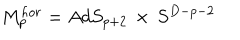
LaTeX: M _ { p } ^ { h o r } = A d S _ { p + 2 } \, \times \, S ^ { D - p - 2 }